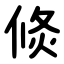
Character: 倐